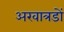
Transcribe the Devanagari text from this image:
अखात्रडों